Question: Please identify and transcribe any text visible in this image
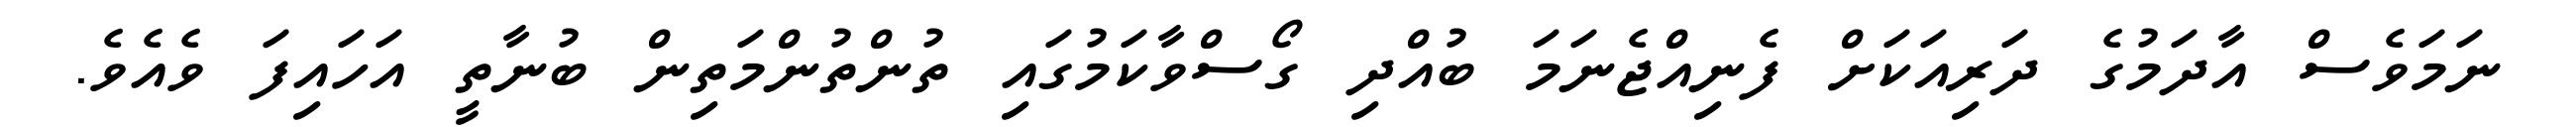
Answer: ނަމަވެސް އާދަމުގެ ދަރިއަކަށް ފެނިއްޖެނަމަ ބުއްދި ގޯސްވާކަމުގައި ތުންތުންމަތިން ބުނާތީ އަހައިފަ ވެއެވެ.